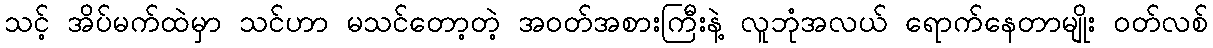
သင့် အိပ်မက်ထဲမှာ သင်ဟာ မသင်တော့တဲ့ အဝတ်အစားကြီးနဲ့ လူဘုံအလယ် ရောက်နေတာမျိုး ဝတ်လစ်